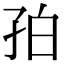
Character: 𪦺